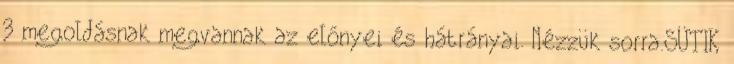
3 megoldásnak megvannak az előnyei és hátrányai. Nézzük sorra.SÜTIK